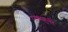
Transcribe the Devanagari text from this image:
एकाहुनी